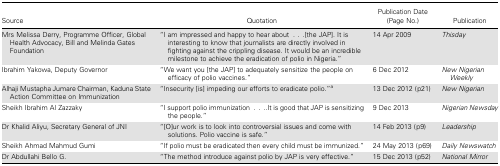
| Source | Quotation | Publication Date (Page No.) | Publication |
 | --- | --- | --- | --- |
 | Mrs Melissa Derry, Programme Officer, Global Health Advocacy, Bill and Melinda Gates Foundation | “I am impressed and happy to hear about...[the JAP]. It is interesting to know that journalists are directly involved in fighting against the crippling disease. It would be an incredible milestone to achieve the eradication of polio in Nigeria.” | 14 Apr 2009 | Thisday |
 | Ibrahim Yakowa, Deputy Governor | “We want you [the JAP] to adequately sensitize the people on efficacy of polio vaccines.” | 6 Dec 2012 | New Nigerian Weekly |
 | Alhaji Mustapha Jumare Chairman, Kaduna State Action Committee on Immunization | “Insecurity [is] impeding our efforts to eradicate polio.”a | 13 Dec 2012 (p21) | New Nigerian |
 | Sheikh Ibrahim Al Zazzaky | “I support polio immunization....It is good that JAP is sensitizing the people.” | 9 Dec 2013 | Nigerian Newsday |
 | Dr Khalid Aliyu, Secretary General of JNI | “[O]ur work is to look into controversial issues and come with solutions. Polio vaccine is safe.” | 14 Feb 2013 (p9) | Leadership |
 | Sheikh Ahmad Mahmud Gumi | “If polio must be eradicated then every child must be immunized.” | 24 May 2013 (p69) | Daily Newswatch |
 | Dr Abdullahi Bello G. | “The method introduce against polio by JAP is very effective.” | 15 Dec 2013 (p52) | National Mirror |